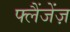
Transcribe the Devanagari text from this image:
फ्लैंजेंज़